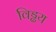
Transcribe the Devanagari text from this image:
विड्ढय